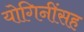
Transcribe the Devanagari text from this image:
योगिनींसह